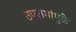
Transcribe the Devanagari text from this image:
उपरांगांमुळे